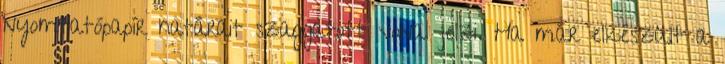
nyomtatópapír határait szaggatott vonal jelzi. Ha már elkészült a